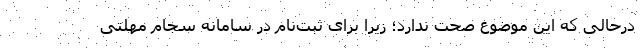
درحالی که این موضوع صحت ندارد؛ زیرا برای ثبت‌نام در سامانه سجام مهلتی